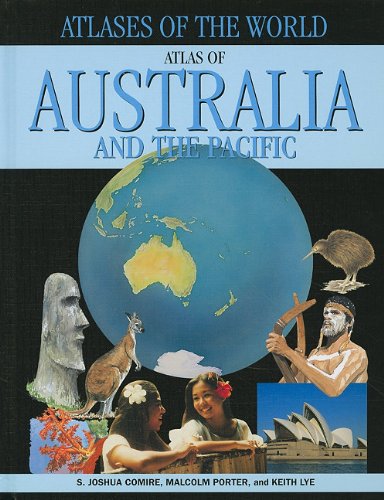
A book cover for Atlas of Australia and the Pacific (Atlases of the World); S. Joshua Comire; Children's Books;